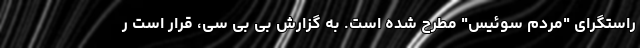
راستگرای "مردم سوئیس" مطرح شده است. به گزارش بی بی سی، قرار است ر